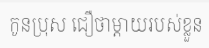
កូនប្រុស ជឿថាម្តាយរបស់ខ្លួន